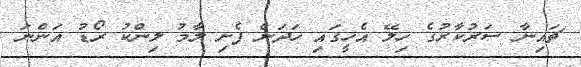
ޗައިނާ ސަރުކާރުގެ ހިލޭ އެހީގައި ހަދަން ފެށި ލާމު ލިންކު ރޯޑު އަންނަ